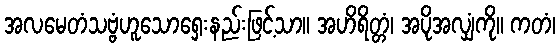
အလမေတံသဗ္ဗံဟူသောရှေးနည်းဖြင့်သာ။ အဟိရိတ္တံ၊ အပိုအလျှံကို။ ကတံ၊